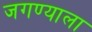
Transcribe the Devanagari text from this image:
जगण्याला